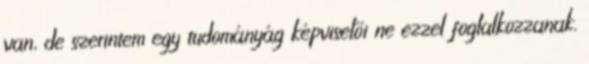
van, de szerintem egy tudományág képviselői ne ezzel foglalkozzanak.